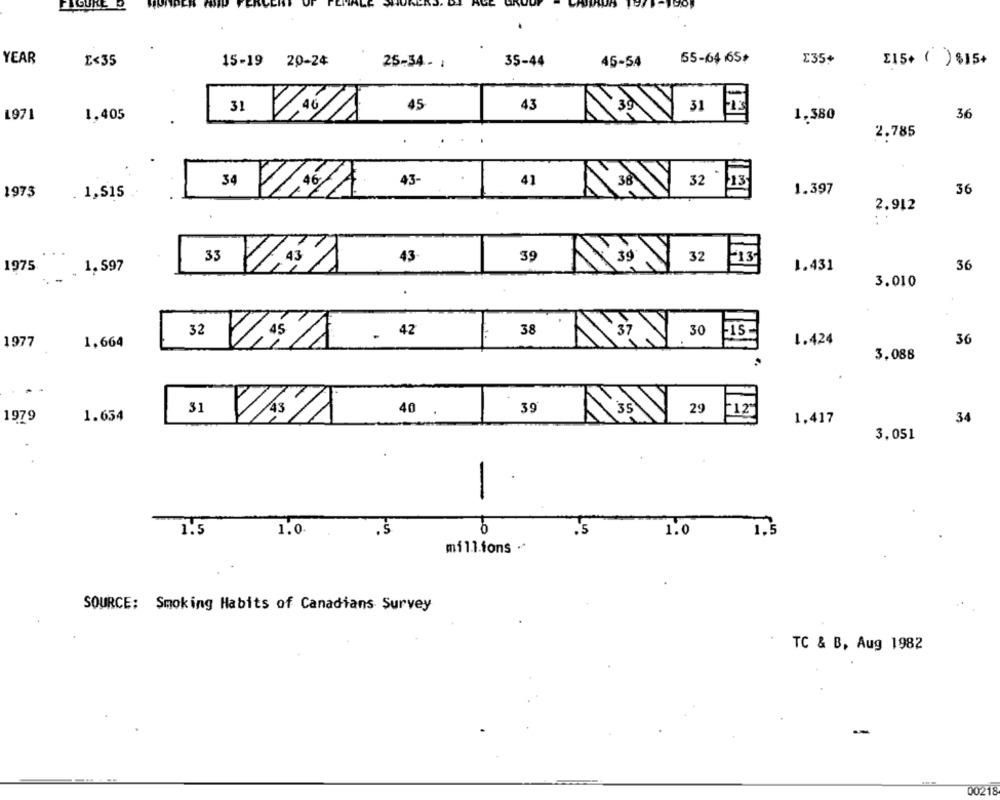
FIGURE
YEAR
E<35
15-19 20-24
25-34- 1
35-44
45-54
55-64 65+
235+
215+ ( ) $15+
45
43
739
31
1971
1,405
31
1,380
36
2.785
34
43-
41
38
32
13
1.397
36
1973
1,515
2.912
32
43
39
39
1975
. 1, 597
35 CAS
FI3
1.431
36
3.010
38
37
30
1977
1.664
15-
1.424
36
32 0,5A. 42
3.088
29
31
40 .
39
35
1979
1.634
1,417
34
3.051
1.5
1.0.
.S
.5
1.0
1.5
millions
SOURCE: Smoking Habits of Canadians Survey
TC & B, Aug 1982
00218